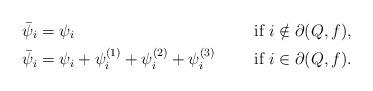
LaTeX: \begin{align*} \bar{\psi}_i &= \psi_i && \mbox{if $i \notin \partial(Q,f)$}, \\ \bar{\psi}_i &= \psi_i + \psi_i^{(1)} + \psi_i^{(2)} + \psi_i^{(3)} \!\!\!\!\!\!\!\!\!\!\!\!\!\!\!\!\!\!\!\!\!\!\!\! && \mbox{if $i \in \partial(Q,f)$}.\end{align*}